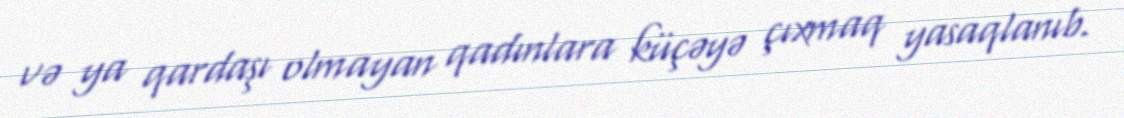
və ya qardaşı olmayan qadınlara küçəyə çıxmaq yasaqlanıb.